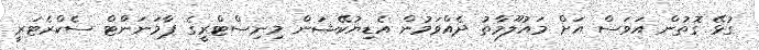
ގުޅޭ ގޮތުން އަވަސް އަށް މައުލޫމާތު ދެއްވަމުން އެޑިޔުކޭޝަން މިނިސްޓްރީގެ ޕާމަނަންޓް ސެކްރެޓަރީ